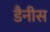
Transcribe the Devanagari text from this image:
डैनीस